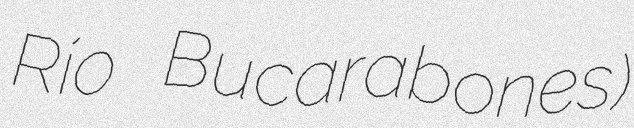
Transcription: Río Bucarabones)